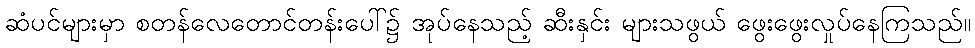
ဆံပင်များမှာ စတန်လေတောင်တန်းပေါ်၌ အုပ်နေသည့် ဆီးနှင်း များသဖွယ် ဖွေးဖွေးလှုပ်နေကြသည်။